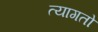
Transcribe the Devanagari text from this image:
त्यागतो